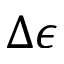
\Delta \epsilon